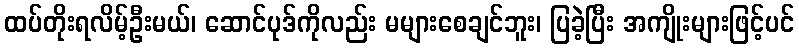
ထပ်တိုးရလိမ့်ဦးမယ်၊ ဆောင်ပုဒ်ကိုလည်း မများစေချင်ဘူး၊ ပြခဲ့ပြီး အကျိုးများဖြင့်ပင်